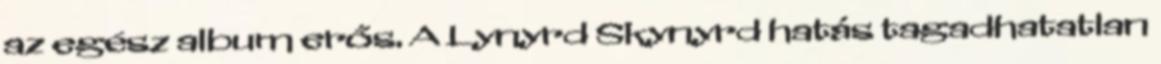
az egész album erős. A Lynyrd Skynyrd hatás tagadhatatlan